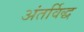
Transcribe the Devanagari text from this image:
अंतर्विद्ध